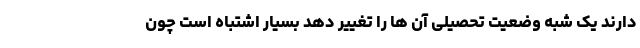
دارند یک شبه وضعیت تحصیلی آن ها را تغییر دهد بسیار اشتباه است چون